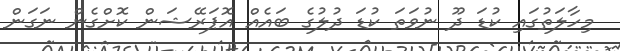
މިހާލަތުގައި ކުޑަ ދޫ ނުވަތަ ކުޑަ ދުލުގެ ބައެއް އޮޕަރޭޝަން ކޮށްގެން ނަގަން